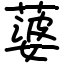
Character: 蔢